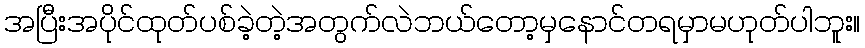
အပြီးအပိုင်ထုတ်ပစ်ခဲ့တဲ့အတွက်လဲဘယ်တော့မှနောင်တရမှာမဟုတ်ပါဘူး။